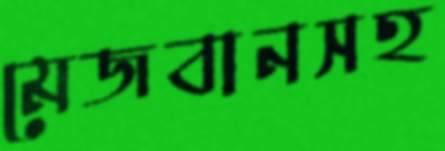
মেজবানসহ